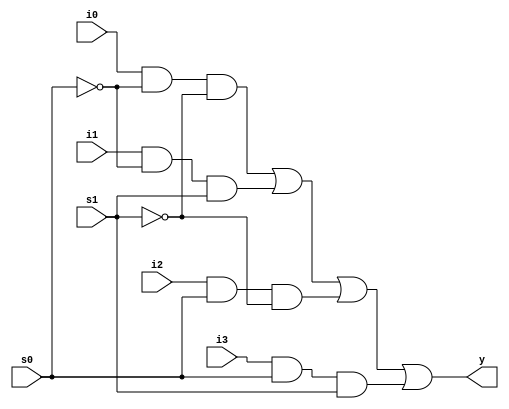
//4:1 multiplexer using structural model
module mux4_1_sm(i0,i1,i2,i3,s0,s1,y);
input i0,i1,i2,i3,s0,s1;
output y;
wire w1,w2,w3,w4,w5,w6;
not n1(w1,s0);
not n2(w2,s1);
and a1(w3,i0,w1,w2);
and a2(w4,i1,w1,s1);
and a3(w5,i2,s0,w2);
and a4(w6,i3,s0,s1);
or o1(y,w3,w4,w5,w6);
endmodule